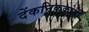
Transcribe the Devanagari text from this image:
देंकनिककोत्ती